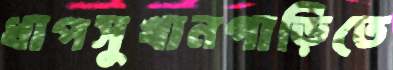
ধাপসুখানগাড়িতে